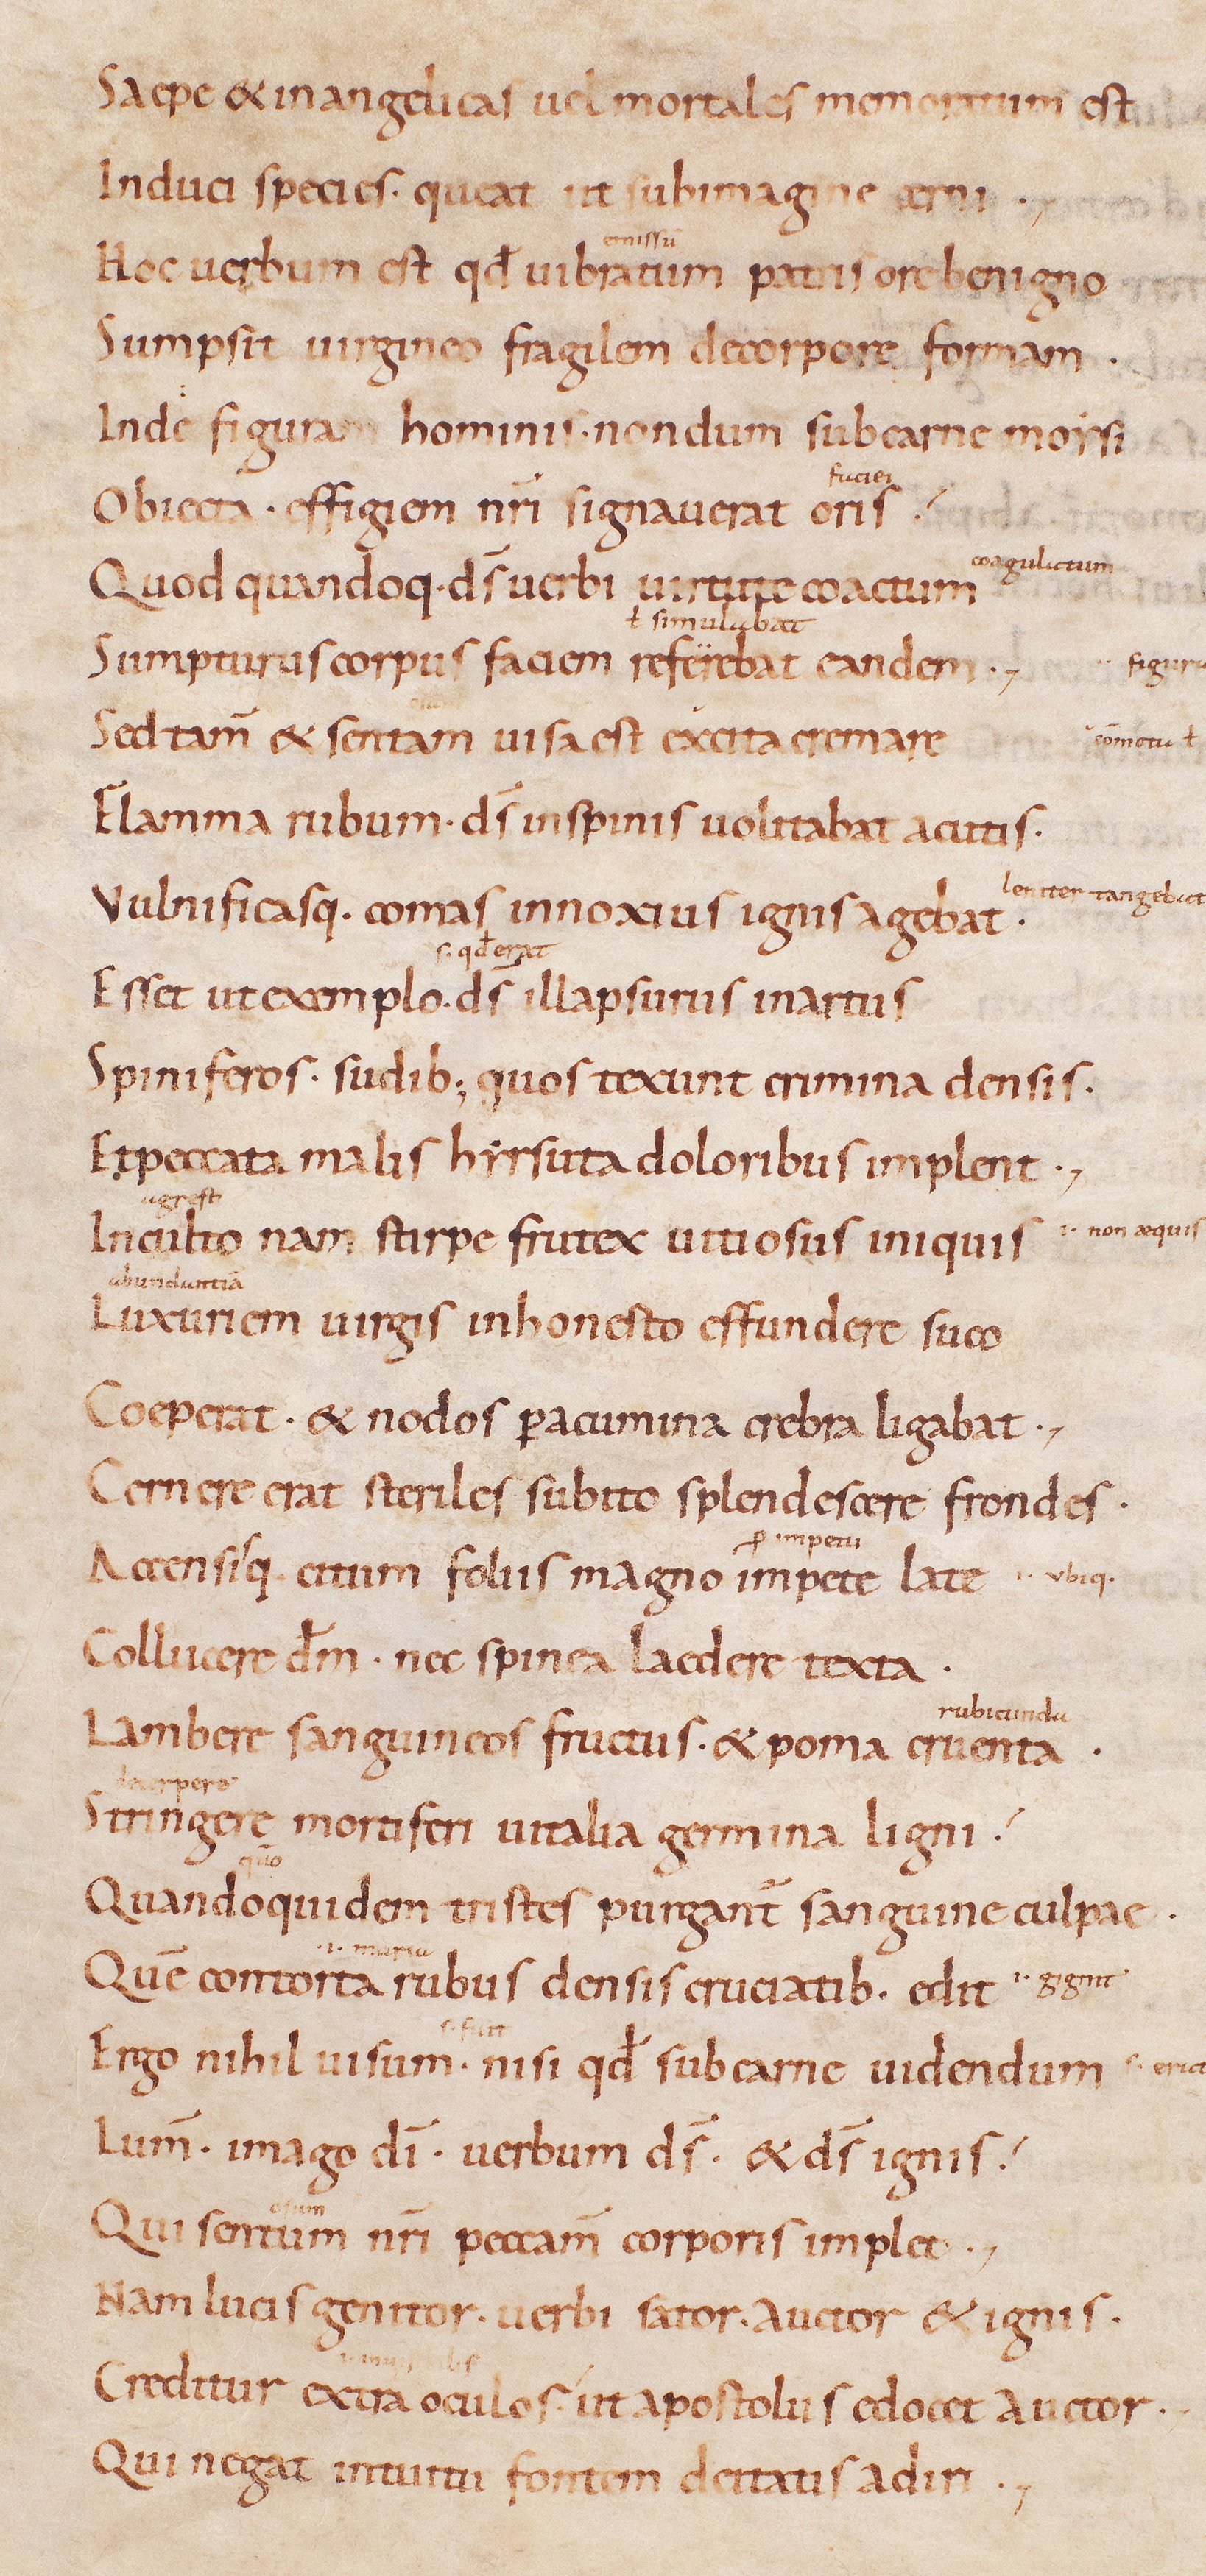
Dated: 885–915